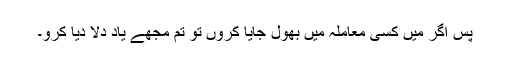
پس اگر میں کسی معاملہ میں بھول جایا کروں تو تم مجھے یاد دلا دیا کرو۔